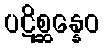
ပဋိစ္ဆန္နေဝ